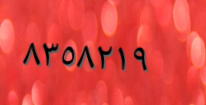
٨٣٥٨٢١٩